Vital statistics of India. Vol. IV, Annual returns from 1871 to 1876. British Army of India, Native Army and jails of Bengal
Year: 1871
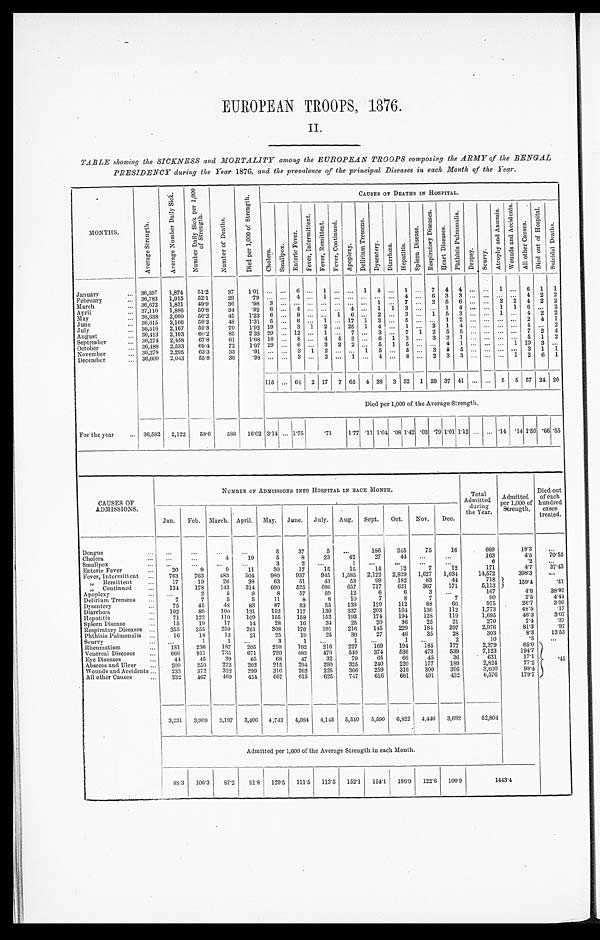
EUROPEAN TROOPS, 1876.
II.
TABLE showing the SICKNESS and MORTALITY among the EUROPEAN TROOPS composing the ARMY of the BENGAL
PRESIDENCY during the Year 1876, and the prevalence of the principal Diseases in each Month of the Year.
MONTHS.
A v e r a g e S t r e n g t h .
A v e r a g e N u m b e r D a i l y s i c k .
N u m b e r D a i l y S i c k p e r 1 , 0 0 0 o f S t r e n g t h .
N u m b e r o f D e a t h s .
D i e d p e r 1 , 0 0 0 o f S t r e n g t h .
CAUSES OF DEATHS IN HOSPITAL.
Chol era.
S m a l l p o x .
E n t e r i c F e v e r .
F e v e r , i n t e r m i t t e n t .
F e v e r , R e m i t t e n t .
F e v e r , C o n t i n u e d .
A p o p l e x y .
D e l i r i u m T r e m e n s .
D y s e n t e r y .
Di a r r h œa . H e p a t i t i s .
S p l e e n D i s e a s e s .
R e s p i r a t o r y D i s e a s e s .
H e a r t D i s e a s e s .
P h t h i s i s p u l m o n a l i s .
D r o p s y .
S c u r v y .
A t r o p h y a n d A n æ m i a . W o u n d s a n d A c c i d e n t s .
A l l o t h e r C a u s e s . D i e d o u t o f H o s p i t a l .
S u i c i d a l D e a t h s .
January
... 36,597 1,874
51.2
37
1.01 ... ... 6 ...
1 ... ...
1
4 ... 1 ... 7
4
4 ... ... 1 ... 6 1 1
February
... 36,783 1,915
52.1
29
.79...
. . .
4
. . . 1
. . . . . . ... ... ...
4 ...
6
3
3 . . . . . .
... ...
4 2
2
March
... 36,672 1,831
49.9
36
.983
. . .
. . . . . . . . . . . . . . . ... 1 ...
7 ...
2
5
6 . . . . . .
2 2
4 2
2
April
... 37,110 1,886
50.8
34
.926
. . .
4
. . . . . . . . . 4 ... 1 1
3 ...
. . .
1
4 . . . . . .
1 1
6 . . .
2
May
... 36,638 2,060
56.2
45
1.23 6 ... 9 ... ... 1 6 ... 2 ... 3 ... 1 5 3 ... ... 1 ... 4 2 2
June
. . . 36,615 2,166
59.2
48
1.31 5 ... 6 ... 1 ... 17 1 3 ... 5 ... ... 1 2 ... ... ... ... 2 4 1
July
. . . 36,516 2,167
59.3
70
1.92 19 ... 3 1 2 ... 25 1 4 ... 1 ... 3 1 4 ... ... ... ... 4 ... 2
August
. . . 36,413 2,193
60.2
85
2.33 29 ... 12 ... 1 ... 7 ... 3 ... 7 1 2 5 5 ... ... ... ... 7 2 4
September
... 36,274 2,458
67.8
61
1.68 18 ... 8 ... 4 4 3 ... 6 1 3 ... 3 2 1 ... ... ... ... 5 1 2
October
... 36,488 2,533
69.4
72
1.97 29 ... 6 ... 3 2 2 ... 5 1 5 ... ... 4 1 ... ... ... 1 10 3 ...
November
... 36,278 2,295
63.3
33
.91...
. . .
3
1
2
. . . . . .
1 5
. . . 5 ...
3
2
5 . . . . . .
...
. . . 3 1 1
December
. . . 36,600 2,013
558
36
'98 ... ... 3 ... 2 ... 1 ... 4 ... 8 .., 2 3 3 ... ... ... 1 2 6 1
115 ... 64 2 17 7 65 4 38 3 52 1 29 37 41 ... ... 5 5 57 24 20
Died per 1,000 of the Average Strength.
For the year
... 36,582 2,122
58.0
586 16.02 3.14 ... 1.75
. 7 1
1.77 .11 1.04 .08 1.42 .03 .79 1.01 1.12 ... ... .14
. 1 4 1.56 .66 .55
CAUSES OF ADMISSION.
NUMBER OF ADMISSIONS INTO HOSPITAL IN EACH MONTH.
Total
Admitted
during the Year. Admi t t ed per 1, 000 of St rengt h.
Died out
of each hundred
cases
treated.
Jan. Feb. March. April. May. June. July. Aug. Sept. Oct.
Nov.
Dec.
Dengue
...
...
...
...
...
5
37
5
. . .
186
345
75
16
669
18.3
...
Cholera
...
...
...
4
10
5
8
23
42
27
44
...
...
163
4.5
70.55
Smallpox
...
...
...
...
...
3
2
. . .
1
...
...
...
...
6
.2
...
Enteric Fever
...
20
9
9
11
30
17
15
15
14
12
7
12
171
4.7
37.43
Fever, Intermittent ...
763
763
483
504
980
937
945 1,585 2,122 2,829 1,627 1,034
14,572
398.3
. . .
„ Remittent
...
17
19
26
33
63
51
43
53
99
182
83
44
718
159.4
.41
„ Continued
...
134
178
143
314
690
525
596
657
717
621
367
171
5,113
Apoplexy
...
...
2
5
9
8
57
59
12
6
6
3
. . .
167
4.6
38.92
Delirium Tremens
...
7
7
5
5
11
8
8
10
7
8
7
7
90
2.5
4.44
Dysentery
...
75
45
48
83
87
63
55
139
120
112
88
60
975
26.7
3.90
Diarrhœa.
...
102
89
100
131
152
117
130
337
203
164
136
112
1,773
48.5
.17
Hepatitis
...
71
122
110
109
155
158
152
193
174
194
138
119
1,695
46.3
3.07
Spleen Disease
...
15
19
17
14
28
16
34
25
20
36
25
21
270
7.4
.37
Respiratory Diseases ...
355
355
259
261
308
176
191
216
145
229
184
297
2,976
81.3
.97
Phthisis Pulmonalis ...
16
18
13
21
25
19
25
30
27
46
35
28
303
8.3
13.53
Scurvy
...
...
1
1
. . .
3
1 ...
1
...
1
. . .
2
10
.3
. . .
Rheumatism
...
181
236
187
205
210
192
216
227
169
194
185
177
2,379
65.0
.45
Venereal Diseases
...
666
911
735
671
720
482
476
510
374
536
473
539
7,123
194.7
Eye Diseases
...
44
45
39
65
68
47
32
79
65
66
45
36
631
17.1
Abscess and Ulcer
...
200
250
222
202
215
294
290
325
240
220
177
189
2,824
77.2
Wounds and Accidents ...
233
372
322
299
310
262
225
306
259
316
300
396
3,600
98.4
All other Causes
...
332
467
469
454
667
615
625
747
616
661
491
432
6,576
179.7
3,231 3,908 3,197 3,406 4,743 4,084 4,145 5,540 5,590 6,822 4,446 3,692
52,804
Admitted per 1,000 of the Average Strength in each Month.
88.3 106.3
87.2
91.8 129.5 111.5 113.5 152.1 154.1 186.9 122.6 100.9
1 4 4 3 . 4